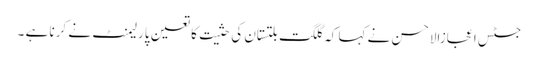
جسٹس اعجازالاحسن نے کہا کہ گلگت بلتستان کی حثیت کا تعین پارلیمنٹ نے کرنا ہے ۔